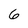
Character: 6